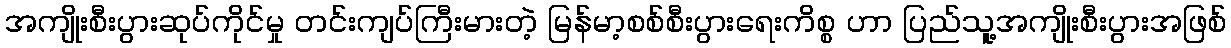
အကျိုးစီးပွားဆုပ်ကိုင်မှု တင်းကျပ်ကြီးမားတဲ့ မြန်မာ့စစ်စီးပွားရေးကိစ္စ ဟာ ပြည်သူ့အကျိုးစီးပွားအဖြစ်